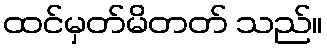
ထင်မှတ်မိတတ် သည်။